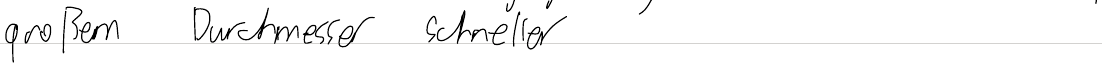
großem Durchmesser schneller